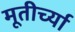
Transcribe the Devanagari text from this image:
मूतीर्च्या